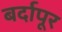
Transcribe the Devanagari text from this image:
बर्दापूर